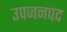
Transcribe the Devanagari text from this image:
उपजनपद